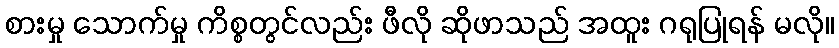
စားမှု သောက်မှု ကိစ္စတွင်လည်း ဖီလို ဆိုဖာသည် အထူး ဂရုပြုရန် မလို။